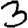
Digit: 3